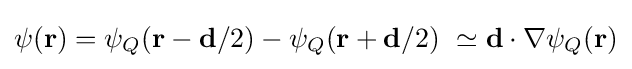
\psi (\mathbf {r} )=\psi _{Q}(\mathbf {r} -\mathbf {d} /2)-\psi _{Q}(\mathbf {r} +\mathbf {d} /2)\ \simeq \mathbf {d} \cdot \nabla \psi _{Q}(\mathbf {r} )